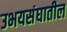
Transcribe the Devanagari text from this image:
उभयसंघातील